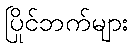
ပြိုင်ဘက်များ